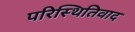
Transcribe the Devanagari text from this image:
परिस्थितिवाद